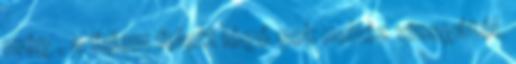
még , a fejem felett lógó sok nehéz vizsgától.